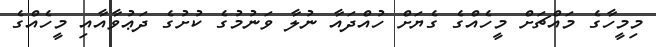
މިމީހާގެ މައްޗަށް މީހެއްގެ ގެޔަށް ހުއްދައާ ނުލާ ވަނުމުގެ ކުށުގެ ދަޢުވާއާއި މީހެއްގެ